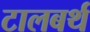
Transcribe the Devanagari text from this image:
टालबर्थ